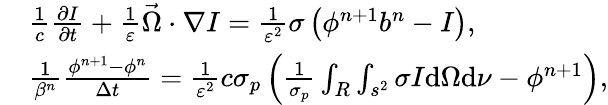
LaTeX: \begin{array}{rl}&{\frac{1}{c}\frac{\partial I}{\partial t}+\frac{1}{\varepsilon}\vec{\Omega}\cdot\nabla I=\frac{1}{\varepsilon^{2}}\sigma\left(\phi^{n+1}b^{n}-I\right),}\\ &{\frac{1}{\beta^{n}}\frac{\phi^{n+1}-\phi^{n}}{\Delta t}=\frac{1}{\varepsilon^{2}}c\sigma_{p}\left(\frac{1}{\sigma_{p}}\int_{R}\int_{s^{2}}\sigma I\mathrm{d}\Omega\mathrm{d}\nu-\phi^{n+1}\right),}\end{array}